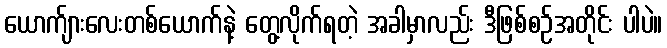
ယောက်ျားလေးတစ်ယောက်နဲ့ တွေ့လိုက်ရတဲ့ အခါမှာလည်း ဒီဖြစ်စဉ်အတိုင်း ပါပဲ။